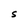
Character: S